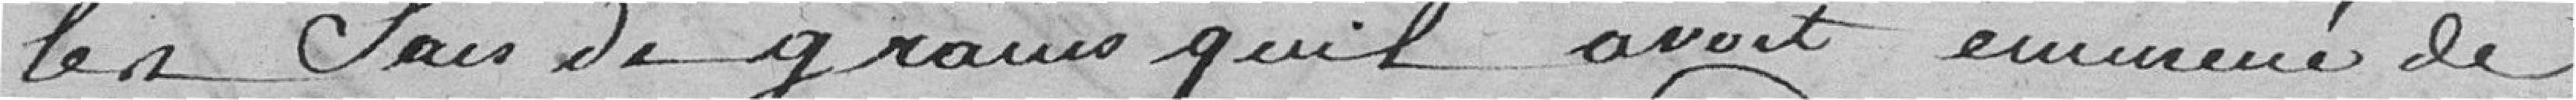
les sacs de grains qu'il avait emmené de